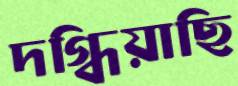
দগ্ধিয়াছি